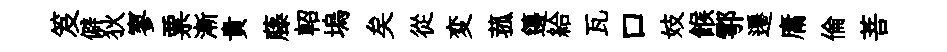
笈僻狄寥票漸貴藤軺塢矣從変菰籩給瓦口妓餱鄠遷庸倫菩